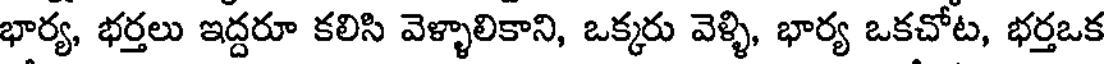
భార్య, భర్తలు ఇద్దరూ కలిసి వెళ్ళాలికాని, ఒక్కరు వెళ్ళి, భార్య ఒకచోట, భర్తఒక